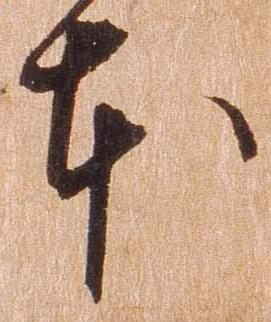
本